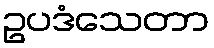
ဥပဒံသေတာ